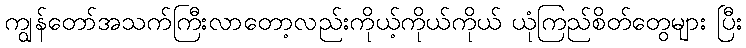
ကျွန်တော်အသက်ကြီးလာတော့လည်းကိုယ့်ကိုယ်ကိုယ် ယုံကြည်စိတ်တွေများ ပြီး